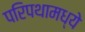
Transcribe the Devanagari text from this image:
परिपथामध्ये